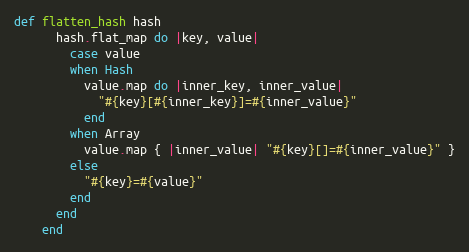
Language: Ruby
def flatten_hash hash
      hash.flat_map do |key, value|
        case value
        when Hash
          value.map do |inner_key, inner_value|
            "#{key}[#{inner_key}]=#{inner_value}"
          end
        when Array
          value.map { |inner_value| "#{key}[]=#{inner_value}" }
        else
          "#{key}=#{value}"
        end
      end
    end